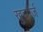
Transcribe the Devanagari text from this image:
खुदगर्ज